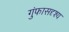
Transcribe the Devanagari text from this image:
गुंफासदृश्य